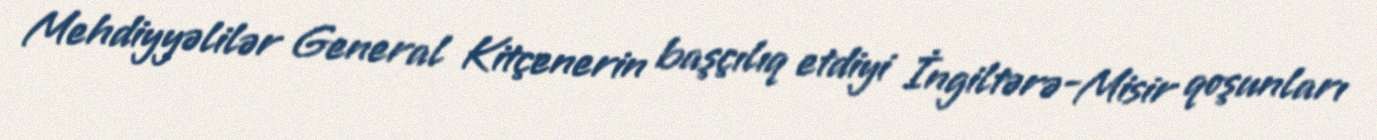
Mehdiyyəlilər General Kitçenerin başçılıq etdiyi İngiltərə-Misir qoşunları